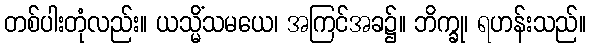
တစ်ပါးတုံလည်း။ ယသ္မိံသမယေ၊ အကြင်အခ၌။ ဘိက္ခု၊ ရဟန်းသည်။